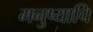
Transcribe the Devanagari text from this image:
मनुष्याचि